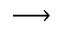
\longrightarrow